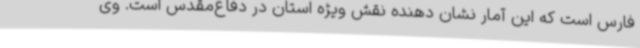
فارس است که این آمار نشان دهنده نقش ویژه استان در دفاع‌مقدس است. وی